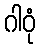
ဂါဝုံ